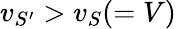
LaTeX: v_{S^{\prime}}>v_{S}(=V)